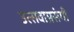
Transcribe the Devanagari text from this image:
उत्सवाप्रसंगी